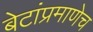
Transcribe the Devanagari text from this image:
बेटांप्रमाणेच